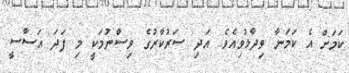
ކަމަށް އެ ކަމަނާ ވިދާޅުވިއެވެ. އަދި ސަރުކާރުގެ ވިސްނުމަކީ މި ފަދަ އަސާސީ